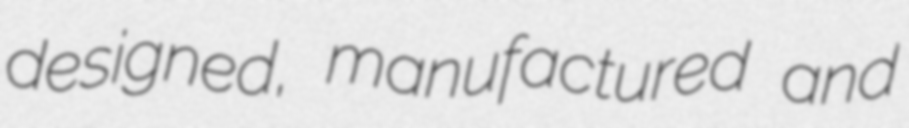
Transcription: designed, manufactured and